Medical and sanitary report of the native army of Madras for the year
Year: 1872
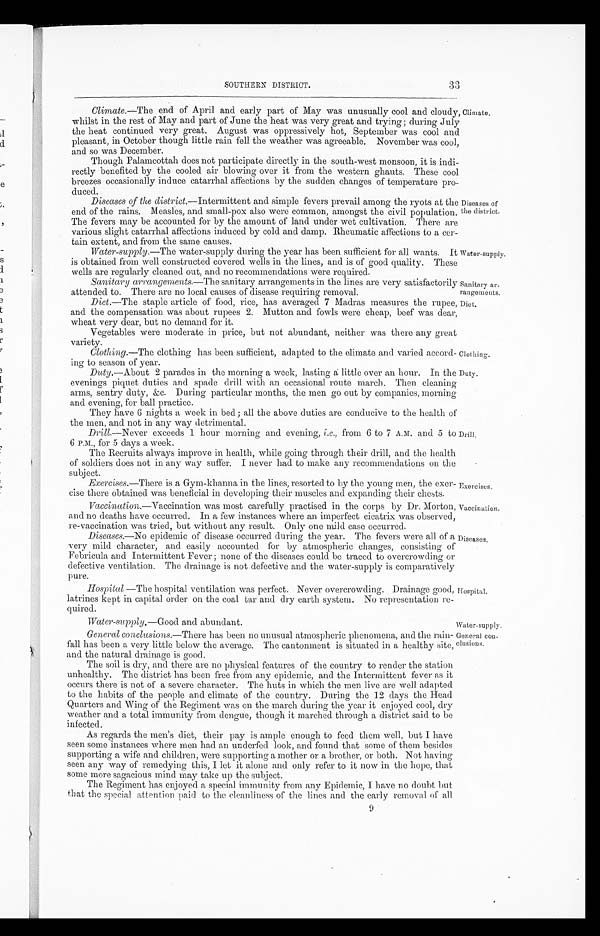
Sanitary ar
-rangements.
Diet.
Clothing.
Duty.
Water-supply.
General con
-clusions.
3
3
SOUTHERN DISTRICT.
Climate .—The end of April and early part of May was unusually cool and cloudy,
whilst in the rest of May and part of June the heat was very great and trying; during July
the heat continued very great. August was oppressively hot, September was cool and
pleasant, in October though little rain fell the weather was agreeable. November was cool,
and so was December.
Though Palamcottah does not participate directly in the south-west monsoon, it is indi
-rectly benefited by the cooled air blowing over it from the western ghauts. These cool
breezes occasionally induce catarrhal affections by the sudden changes of temperature pro
-duced.
Diseases of the district .—Intermittent and simple fevers prevail among the ryots at the
end of the rains. Measles, and small-pox also were common, amongst the civil population.
The fevers may be accounted for by the amount of land under wet cultivation. There are
various slight catarrhal affections induced by cold and clamp. Rheumatic affections to a cer
-tain extent, and from the same causes.
Water-supply.—The water-supply during the year has been sufficient for all wants. It
is obtained from well constructed covered wells in the lines, and is of good quality. These
wells are regularly cleaned out, and no recommendations were required.
Climate.
Diseases of
the district.
Water-supply.
Sanitary arrangements .—The sanitary arrangements in the lines are very satisfactorily
attended to. There are no local causes of disease requiring removal.
Diet .—The staple article of food, rice, has averaged 7 Madras measures the rupee,
and the compensation was about rupees 2. Mutton and fowls were cheap, beef was dear,
wheat very dear, but no demand for it.
Vegetables were moderate in price, but not abundant, neither was there any great
variety.
Clothing .—The clothing has been sufficient, adapted to the climate and varied accord
-ing to season of year.
Duty .—About 2 parades in the morning a week, lasting a little over an hour. In the
evenings piquet duties and spade drill with an occasional route march. Then cleaning
arms, sentry duty, &c. During particular months, the men go out by companies, morning
and evening, for ball practice.
They have 6 nights a week in bed; all the above duties are conducive to the health of
the men, and not in any way detrimental.
Drill.—Never exceeds 1 hour morning and evening, i.e., from 6 to 7 A.M. and 5 to
6 P.M., for 5 days a week.
The Recruits always improve in health, while going through their drill, and the health
of soldiers does not in any way suffer. I never had to make any recommendations on the
subject.
Exercises .—There is a Gym-khanna in the lines, resorted to by the young men, the exer
-cise there obtained was beneficial in developing their muscles and expanding their chests.
Drill.
Exercises.
Vaccination .—Vaccination was most carefully practised in the corps by Dr. Morton,
and no deaths have occurred. In a few instances where an imperfect cicatrix was observed,
re-vaccination was tried, but without any result. Only one mild case occurred.
Diseases .—No epidemic of disease occurred during the year. The fevers were all of a
very mild character, and easily accounted for by atmospheric changes, consisting of
Febricula and Intermittent Fever; none of the diseases could be traced to overcrowding or
defective ventilation. The drainage is not defective and the water-supply is comparatively
pure.
Vaccination.
Diseases.
Hospital— The hospital ventilation was perfect. Never overcrowding. Drainage good,
latrines kept in capital order on the coal tar and dry earth system. No representation re
-quired.
Water-supply .—Good and abundant.
General conclusions .—There has been no unusual atmospheric phenomena, and the rain
-fall has been a very little below the average. The cantonment is situated in a healthy site,
and the natural drainage is good.
The soil is dry, and there are no physical features of the country to render the station
unhealthy. The district has been free from any epidemic, and the Intermittent fever as it
occurs there is not of a severe character. The huts in which the men live are well adapted.
to the habits of the people and climate of the country. During the 12 days the Head
Quarters and Wing of the Regiment was on the march during the year it enjoyed cool, dry
weather and a total immunity from dengue, though it marched through a district said to be
infected.
As regards the men's diet, their pay is ample enough to feed them well, but I have
seen some instances where men bad an underfed look, and found that some of them besides
supporting a wife and children, were supporting a mother or a brother, or both. Not having
seen any way of remedying this, I let it alone and only refer to it now in the hope, that
some more sagacious mind may take up the subject.
The Regiment has enjoyed a special immunity from any Epidemic, I have no doubt but
that the special attention paid to the cleanliness of the lines and the early removal of all
Hospital.
9